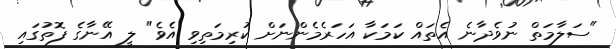
"ސަލާމަތް ނުވެދާނެ އެތައް ކަމަކާ އަހަރެމެންނަށް ކުރިމަތިވި އެވެ" ލީ އޭނާގެ ފޮތުގައި